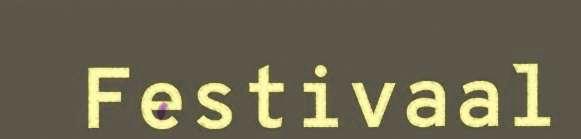
Festivaal